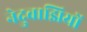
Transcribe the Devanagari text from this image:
नेदुवाझियों